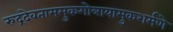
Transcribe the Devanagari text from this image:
रुद्रदेवताममुकगोत्रायामुकशर्मणे